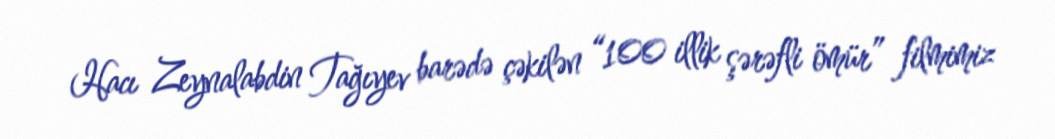
Hacı Zeynalabdin Tağıyev barədə çəkilən “100 illik şərəfli ömür” filmimiz